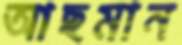
আছমান